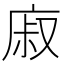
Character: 𢉌